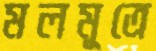
মলমূত্রে